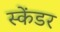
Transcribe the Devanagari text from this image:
स्केंडर